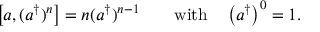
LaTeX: \left[ a , ( a ^ { \dagger } ) ^ { n } \right] = n ( a ^ { \dagger } ) ^ { n - 1 } \qquad { \mathrm { w i t h } } \quad \left( a ^ { \dagger } \right) ^ { 0 } = 1 .